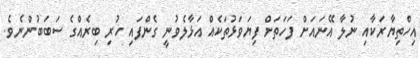
އިހްތިޔާރަކާއި ނުލާ އޭނައަށް ފަހަތަށް ފިޔަވަޅުތަކެއް އަޅާލެވުނީ ގެންފައި ހުރި ބިރެއްގެ ސަބަބުންނެވެ.